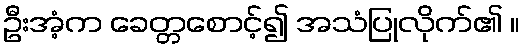
ဦးအံ့က ခေတ္တစောင့်၍ အသံပြုလိုက်၏ ။